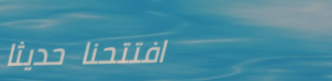
افتتحنا حديثاً